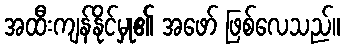
အထီးကျန်နိုင်မှု၏ အဖော် ဖြစ်လေသည်။